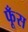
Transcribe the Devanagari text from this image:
फूँस